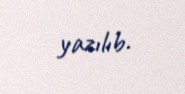
yazılıb.